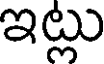
ఇట్లు